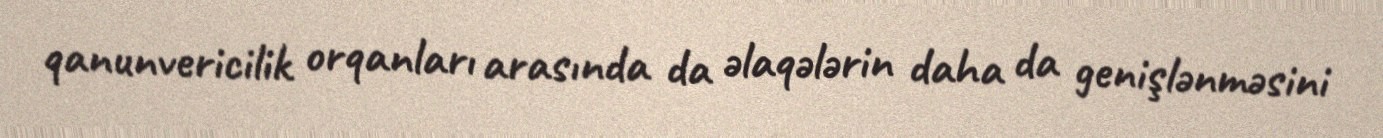
qanunvericilik orqanları arasında da əlaqələrin daha da genişlənməsini